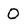
Character: O